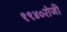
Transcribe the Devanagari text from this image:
१९४०रोजी